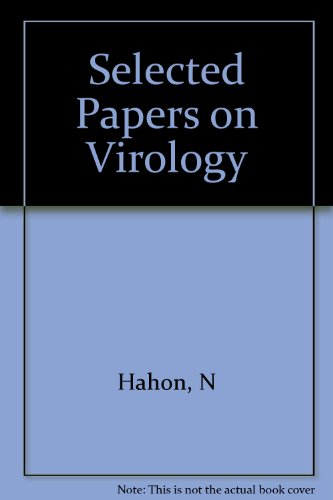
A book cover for Selected Papers on Virology; N Hahon; Medical Books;